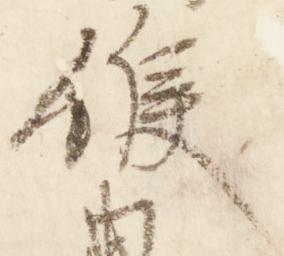
候